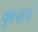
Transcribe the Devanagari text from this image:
वृहद्धर्म